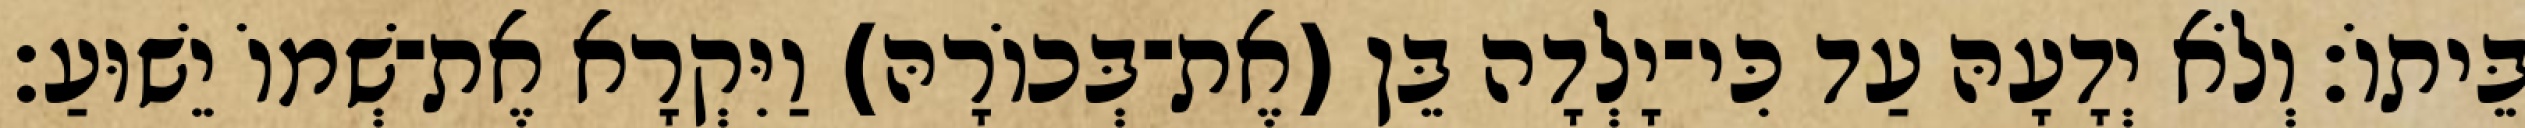
בֵּיתוֹ׃ וְלֹא יְדָעָהּ עַד כִּי־יָלְדָה בֵּן (אֶת־בְּכוֹרָהּ) וַיִּקְרָא אֶת־שְׁמוֹ יֵשׁוּעַ׃